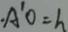
\cdot A ^ { \prime } O = h